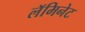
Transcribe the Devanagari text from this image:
लॅमिनेट